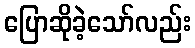
ပြောဆိုခဲ့သော်လည်း